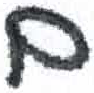
אות: ם